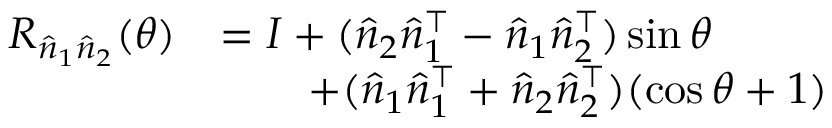
\begin{array} { r l } { R _ { \hat { n } _ { 1 } \hat { n } _ { 2 } } ( \theta ) } & { = I + ( \hat { n } _ { 2 } \hat { n } _ { 1 } ^ { \top } - \hat { n } _ { 1 } \hat { n } _ { 2 } ^ { \top } ) \sin \theta } \\ & { \qquad + ( \hat { n } _ { 1 } \hat { n } _ { 1 } ^ { \top } + \hat { n } _ { 2 } \hat { n } _ { 2 } ^ { \top } ) ( \cos \theta + 1 ) } \end{array}